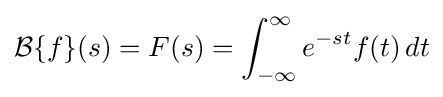
{\mathcal {B}}\{f\}(s)=F(s)=\int _{-\infty }^{\infty }e^{-st}f(t)\,dt